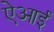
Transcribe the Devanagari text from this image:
ऐआई